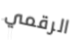
الرقمي